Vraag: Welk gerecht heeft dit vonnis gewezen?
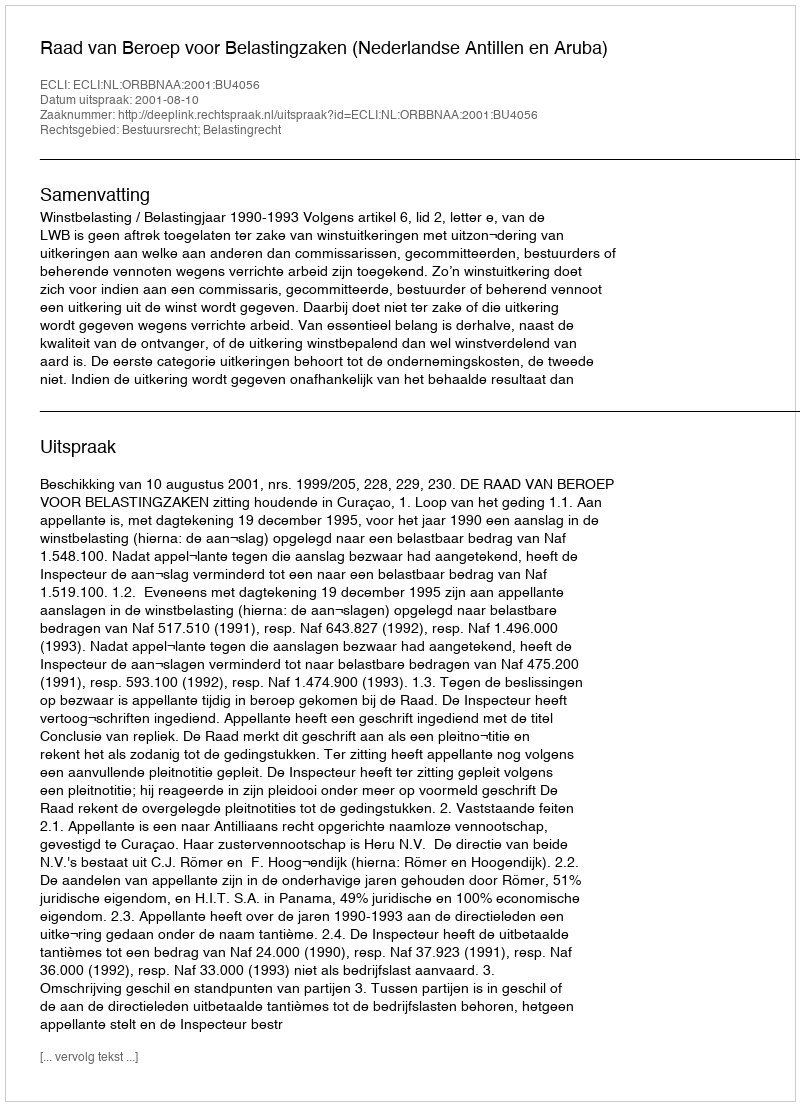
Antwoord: Raad van Beroep voor Belastingzaken (Nederlandse Antillen en Aruba)